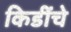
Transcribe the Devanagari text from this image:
किडींचे